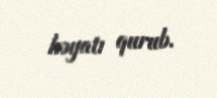
həyatı qurub.